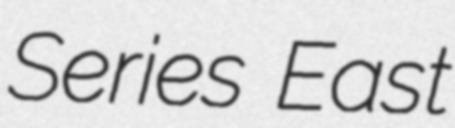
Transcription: Series East